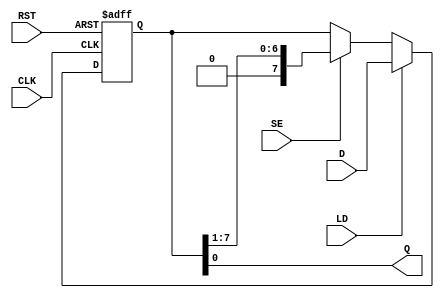
module PISO_Register #(
    parameter WIDTH = 8  // Parameterized width of the register
)(
    input wire [WIDTH-1:0] D,  // Parallel data input
    input wire SE,              // Shift Enable
    input wire LD,              // Load Control
    input wire CLK,             // Clock
    input wire RST,             // Reset
    output wire Q               // Serial Output
);

    // Internal storage elements - an array of flip-flops
    reg [WIDTH-1:0] shift_reg;

    // Implementing the behavior of the PISO register
    always @(posedge CLK or posedge RST) begin
        if (RST) begin
            shift_reg <= 0;  // Clear the register on reset
        end else if (LD) begin
            shift_reg <= D;  // Load data into the register
        end else if (SE) begin
            shift_reg <= {1'b0, shift_reg[WIDTH-1:1]}; // Shift right with LSB filled with 0
        end
    end

    // Serial output is the LSB of the shifting register
    assign Q = shift_reg[0];

endmodule